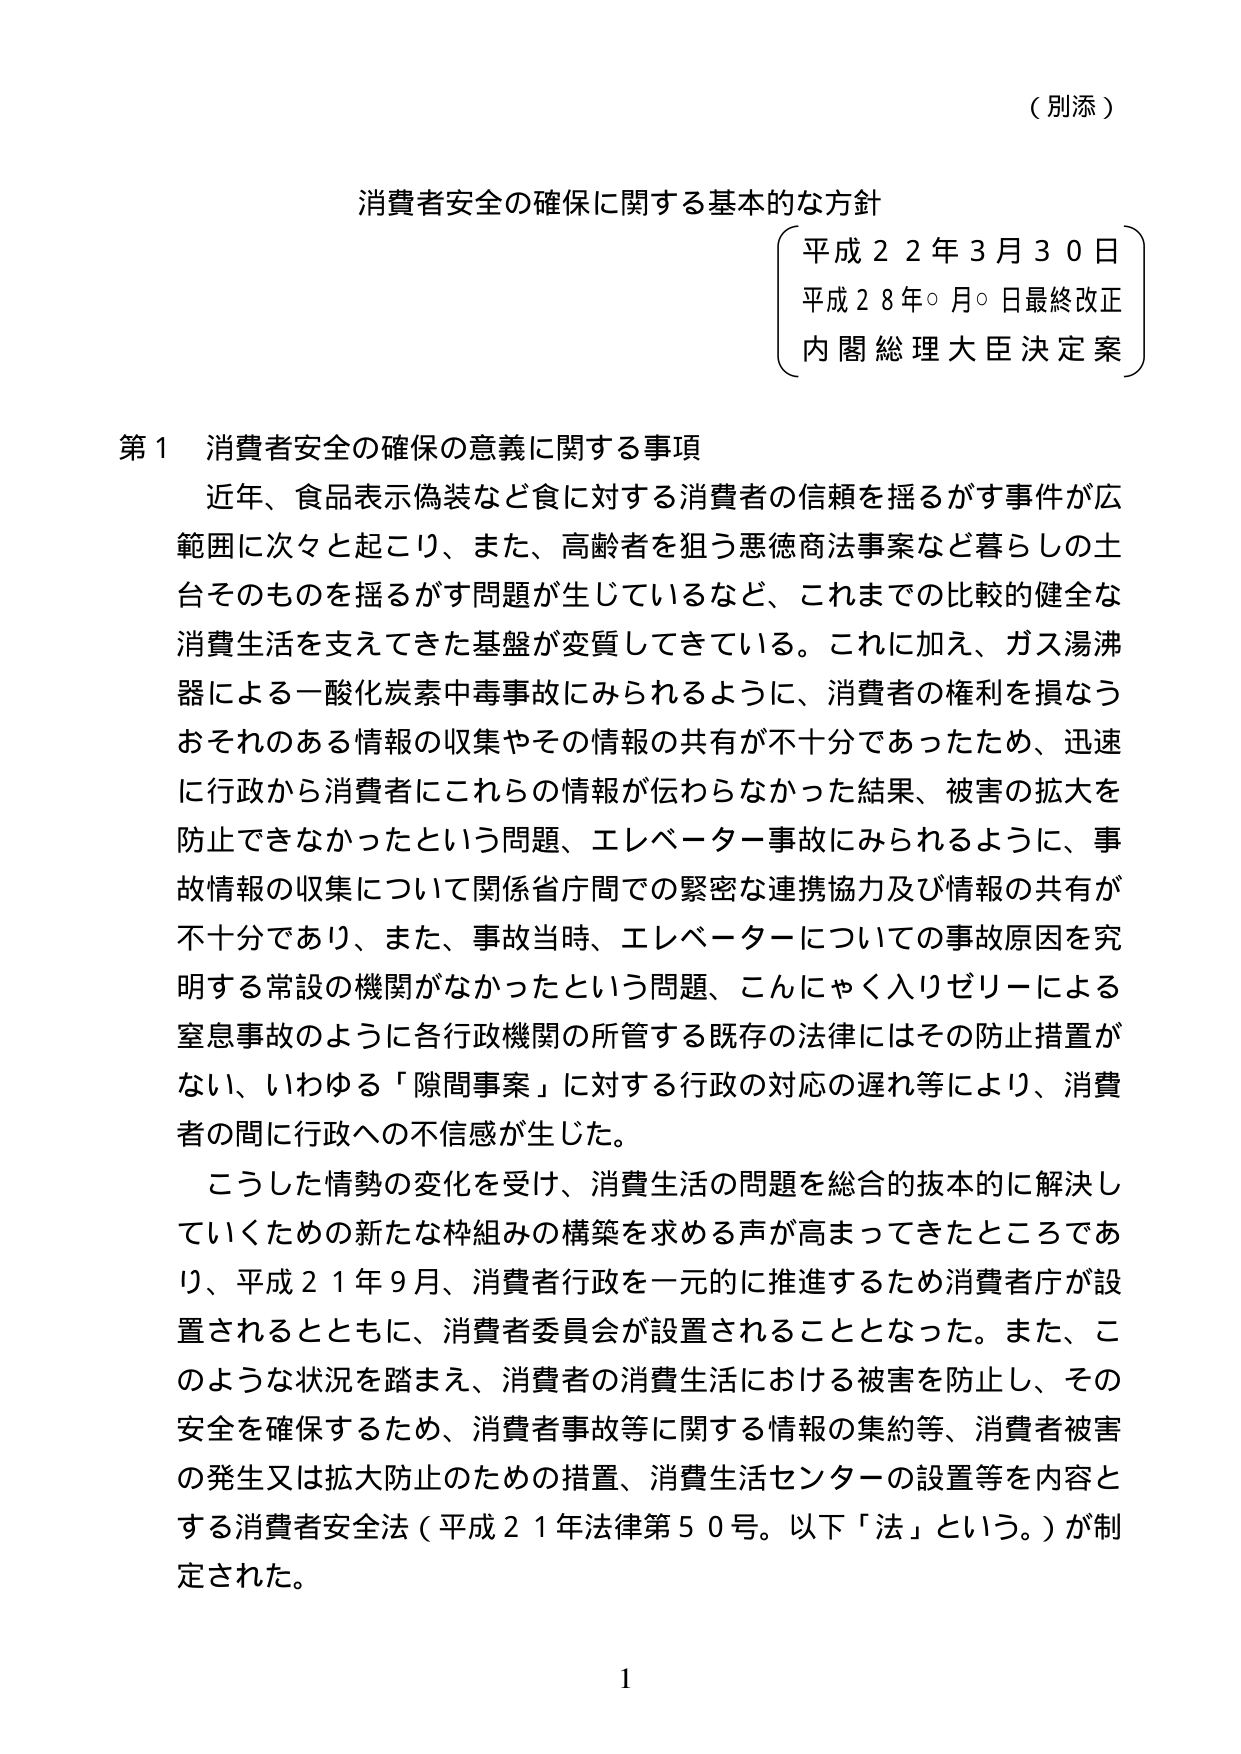
（別添）

消費者安全の確保に関する基本的な方針

平成２２年３月３０日
平成２８年○月○日最終改正
内閣総理大臣決定案

第１ 消費者安全の確保の意義に関する事項

近年、食品表示偽装など食に対する消費者の信頼を揺るがす事件が広範囲に次々と起こり、また、高齢者を狙う悪徳商法事案など暮らしの土台そのものを揺るがす問題が生じているなど、これまでの比較的健全な消費生活を支えてきた基盤が変質してきている。これに加え、ガス湯沸器による一酸化炭素中毒事故がみられるように、消費者の権利を損なうおそれのある情報の収集やその情報の共有が不十分であったため、迅速に行政から消費者にこれらの情報が伝わらなかった結果、被害の拡大を防止できなかったという問題、エレベーター事故にみられるように、事故情報の収集について関係省庁間での緊密な連携協力及び情報の共有が不十分であり、また、事故当時、エレベーターについての事故原因を究明する常設の機関がなかったという問題、こんにゃく入りゼリーによる窒息事故のように各行政機関の所管する既存の法律にはその防止措置がない、いわゆる「隙間事案」に対する行政の対応の遅れ等により、消費者の間に行政への不信感が生じた。

こうした情勢の変化を受け、消費生活の問題を総合的抜本的に解決していくための新たな枠組みの構築を求める声が高まってきたところであり、平成２１年９月、消費者行政を一元的に推進するため消費者庁が設置されるとともに、消費者委員会が設置されることとなった。また、このような状況を踏まえ、消費者の消費生活における被害を防止し、その安全を確保するため、消費者事故等に関する情報の集約等、消費者被害の発生又は拡大防止のための措置、消費生活センターの設置等を内容とする消費者安全法（平成２１年法律第５０号。以下「法」という。）が制定された。

1